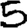
Digit: 5